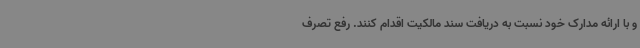
و با ارائه مدارک خود نسبت به دریافت سند مالکیت اقدام کنند. رفع تصرف